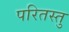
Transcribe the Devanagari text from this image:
परितस्तु